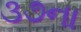
૩૭ના